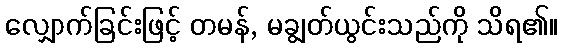
လျှောက်ခြင်းဖြင့် တမန်, မချွတ်ယွင်းသည်ကို သိရ၏။